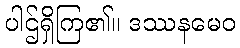
ပါဌ်ရှိကြ၏။ ဒဿနမေဝ